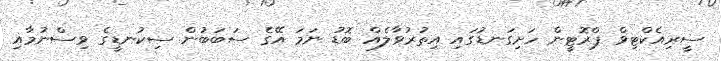
ސީރިއެކްޓިވް ޕްރޮޓީން ހަށިގަނޑުގައި އިތުރުވާލެއް ބޮޑު ނަމަ އޭގެ ސަބަބުން ސިކުނޑީގެ ވިސްނުމާއި